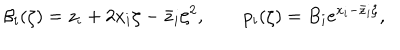
LaTeX: \beta _ { i } ( \zeta ) = z _ { i } + 2 x _ { i } \zeta - \bar { z } _ { i } \zeta ^ { 2 } , \qquad p _ { i } ( \zeta ) = B _ { i } e ^ { x _ { i } - \bar { z } _ { i } \zeta } ,